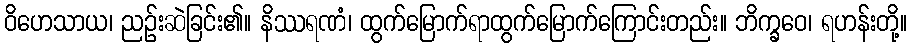
ဝိဟေသာယ၊ ညဉ်းဆဲခြင်း၏။ နိဿရဏံ၊ ထွက်မြောက်ရာထွက်မြောက်ကြောင်းတည်း။ ဘိက္ခဝေ၊ ရဟန်းတို့။